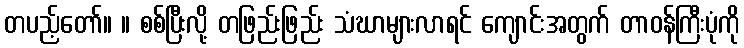
တပည့်တော်။ ။ စစ်ပြီးလို့ တဖြည်းဖြည်း သံဃာများလာရင် ကျောင်းအတွက် တာဝန်ကြီးပုံကို